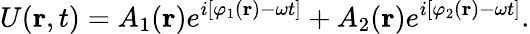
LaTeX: U(\mathbf{r},t)=A_{1}(\mathbf{r})e^{i[\varphi_{1}(\mathbf{r})-\omega t]}+A_{2}(\mathbf{r})e^{i[\varphi_{2}(\mathbf{r})-\omega t]}.